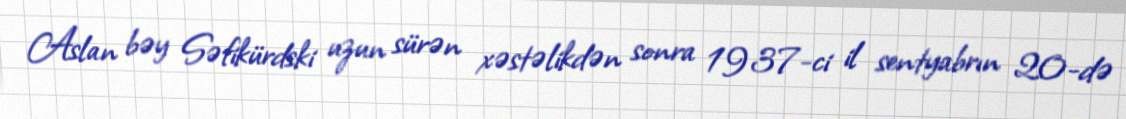
Aslan bəy Səfikürdski uzun sürən xəstəlikdən sonra 1937-ci il sentyabrın 20-də